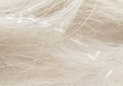
التليفون